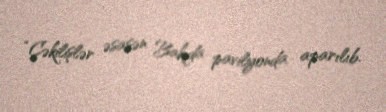
“Çəkilişlər əsasən Bakıda pavilyonda aparılıb.